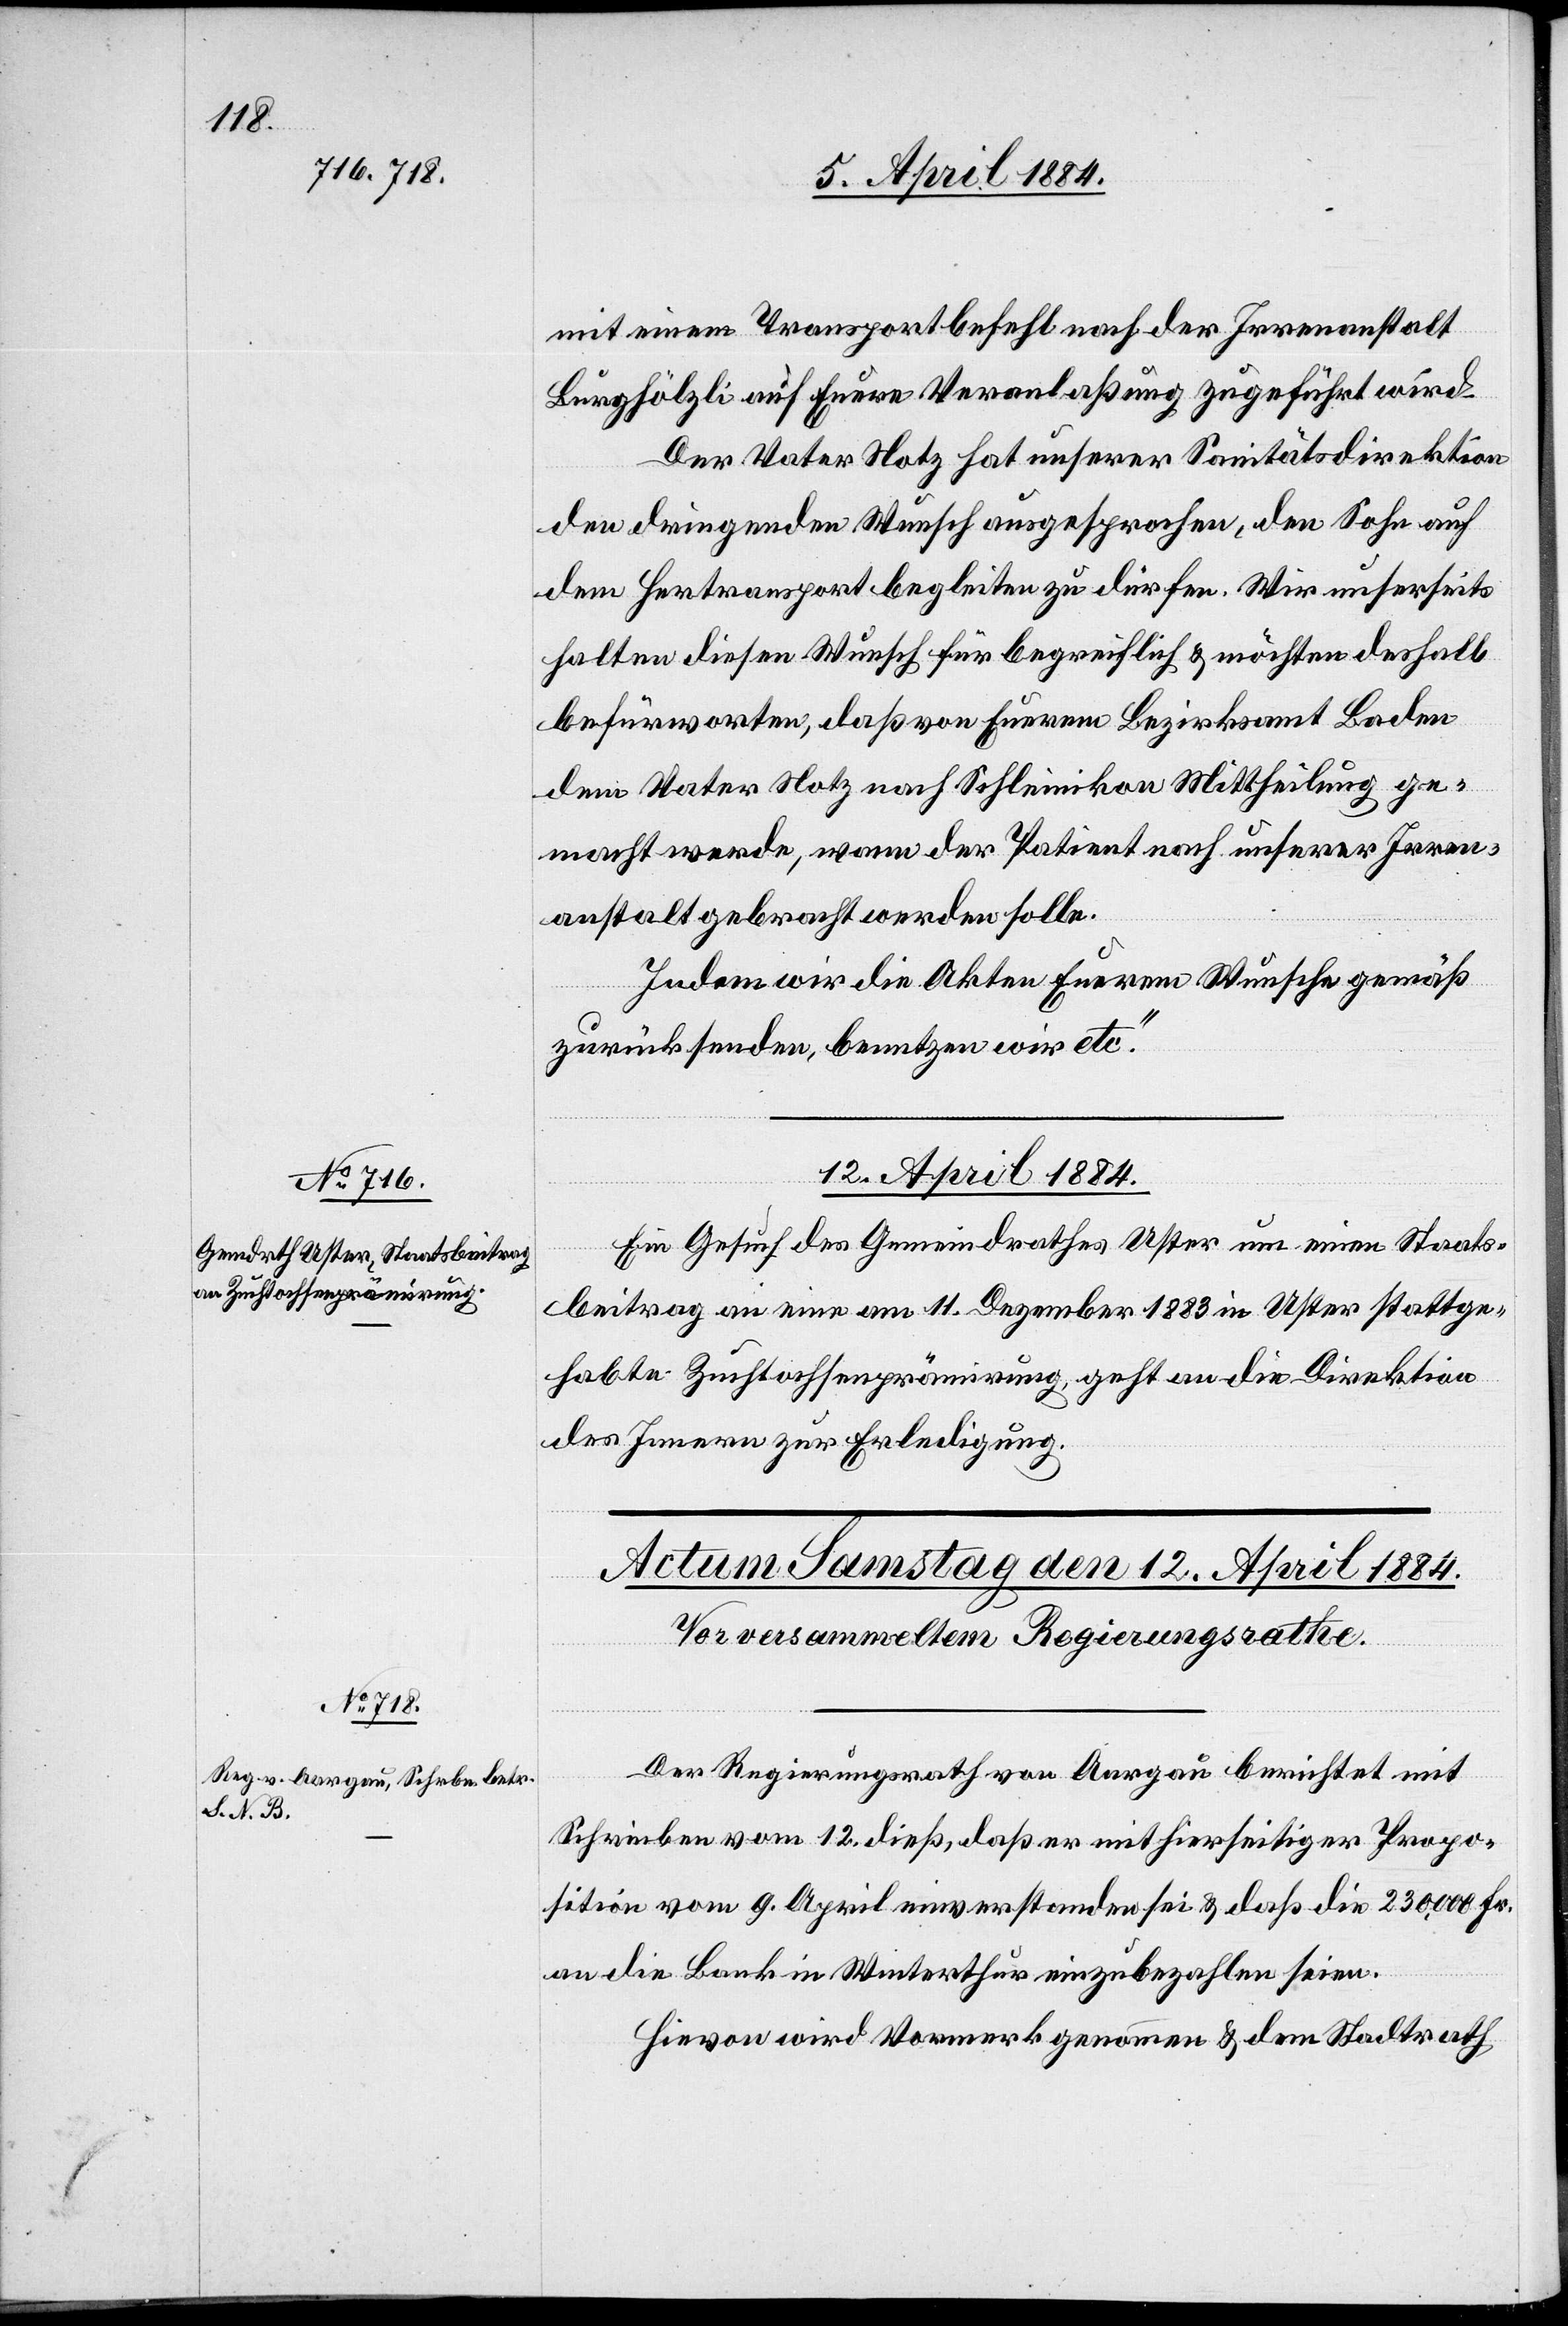
mit einem Transportbefehl nach der Irrenanstalt
Burghölzli auf Euere Veranlaßung zugeführt wird.
Der Vater Notz hat unserer Sanitätsdirektion
den dringenden Wunsch ausgesprochen, den Sohn auf
dem Hertransport begleiten zu dürfen. Wir unserseits
halten diesen Wunsch für begreiflich & möchten deshalb
befürworten, daß von Euerem Bezirksamt Baden
dem Vater Notz nach Schleinikon Mittheilung ge¬
macht werde, wann der Patient nach unserer Irren¬
anstalt gebracht werden solle.
Indem wir die Akten Euerem Wunsche gemäß
zurücksenden, benutzen wir etc.“
12. April 1884.
Ein Gesuch des Gemeindrathes Uster um einen Staats¬
beitrag an eine am 11. Dezember 1883 in Uster stattge¬
habte Zuchtochsenprämirung, geht an die Direktion
des Innern zur Erledigung.
Der Regierungsrath von Aargau berichtet mit
Schreiben vom 12. dieß, daß er mit hierseitiger Propo¬
sition vom 9. April einverstanden sei & daß die 230,000 Fr.
an die Bank in Winterthur einzubezahlen seien.
Hievon wird Vormerk genommen & dem Stadtrath